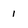
Character: I